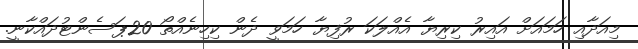
މިއަދާއި ހަމައަށް އައިރު ކިރިޔާ އެއްލަކަ ރުފިޔާ ހަމަވީ ދެން ކިހިނެއްތޯ 20ޕަސެންޓުދައްކާނީ.